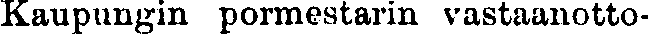
Kaupungin pormestarin vastaanotto-